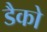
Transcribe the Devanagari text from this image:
डैको